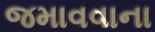
જમાવવાના